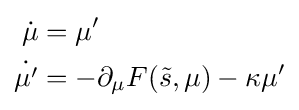
{\begin{aligned}{\dot {\mu }}&=\mu '\\{\dot {\mu '}}&=-\partial _{\mu }F({\tilde {s}},\mu )-\kappa \mu '\end{aligned}}